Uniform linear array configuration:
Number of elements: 8
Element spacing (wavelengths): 0.75
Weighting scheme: blackman
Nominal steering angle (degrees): -15
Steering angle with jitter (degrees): -15.794
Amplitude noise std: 0.05
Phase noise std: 0.05

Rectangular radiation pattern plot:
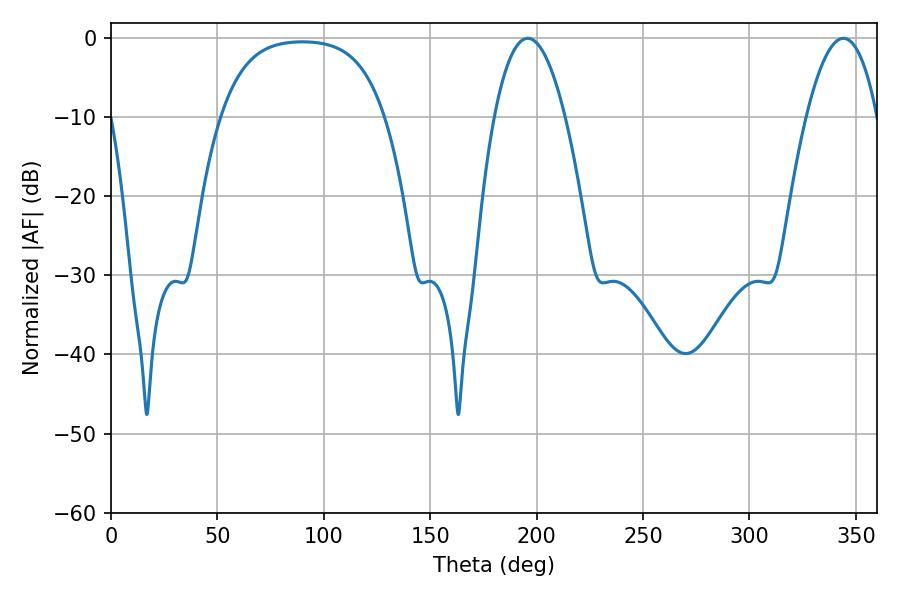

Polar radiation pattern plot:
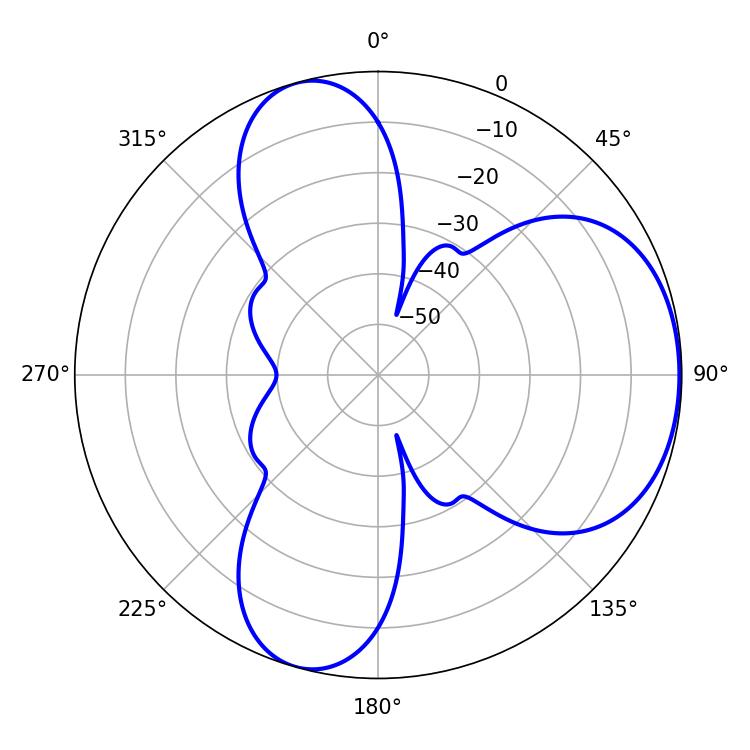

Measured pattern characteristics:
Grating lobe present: TRUE
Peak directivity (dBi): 5.25
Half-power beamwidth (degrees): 18.54
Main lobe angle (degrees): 195.84